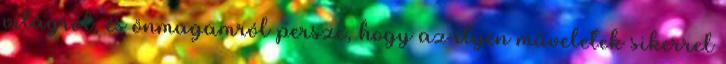
világról, és önmagamról persze, hogy az ilyen műveletek sikerrel